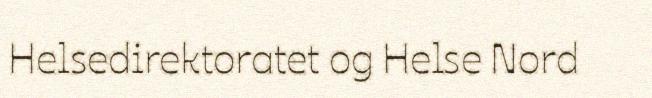
Helsedirektoratet og Helse Nord